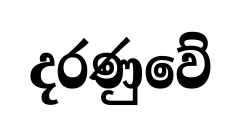
දරණුවේ